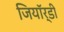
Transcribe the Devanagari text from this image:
जियॉर्डी